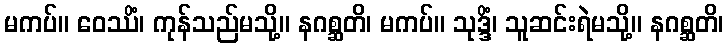
မကပ်။ ဝေဿိံ၊ ကုန်သည်မသို့။ နဂစ္ဆတိ၊ မကပ်။ သုဒ္ဒိံ၊ သူဆင်းရဲမသို့။ နဂစ္ဆတိ၊